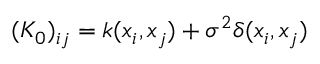
( K _ { 0 } ) _ { i j } = k ( x _ { i } , x _ { j } ) + \sigma ^ { 2 } \delta ( x _ { i } , x _ { j } )